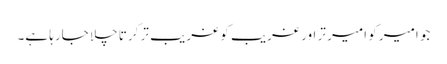
جو امیر کو امیر تر اور غریب کو غریب تر کرتا چلا جارہا ہے۔